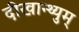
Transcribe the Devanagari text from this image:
दीखान्थ्युम्